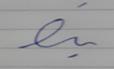
Signature authenticity: forged